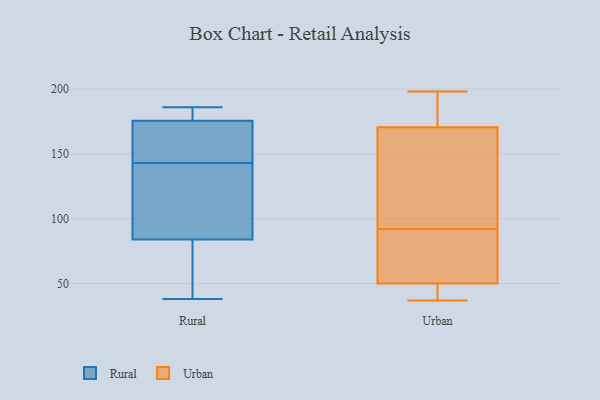
{"axis": {"x": "Operating Costs (USD K)", "y": "Value"}, "legend": ["Rural", "Urban"], "data": [{"x": "", "y": 185, "type": "Rural"}, {"x": "", "y": 153, "type": "Rural"}, {"x": "", "y": 170, "type": "Rural"}, {"x": "", "y": 75, "type": "Rural"}, {"x": "", "y": 96, "type": "Rural"}, {"x": "", "y": 144, "type": "Rural"}, {"x": "", "y": 50, "type": "Rural"}, {"x": "", "y": 102, "type": "Rural"}, {"x": "", "y": 38, "type": "Rural"}, {"x": "", "y": 186, "type": "Rural"}, {"x": "", "y": 182, "type": "Rural"}, {"x": "", "y": 93, "type": "Rural"}, {"x": "", "y": 142, "type": "Rural"}, {"x": "", "y": 149, "type": "Rural"}, {"x": "", "y": 181, "type": "Rural"}, {"x": "", "y": 52, "type": "Rural"}, {"x": "", "y": 88, "type": "Urban"}, {"x": "", "y": 37, "type": "Urban"}, {"x": "", "y": 65, "type": "Urban"}, {"x": "", "y": 182, "type": "Urban"}, {"x": "", "y": 198, "type": "Urban"}, {"x": "", "y": 115, "type": "Urban"}, {"x": "", "y": 94, "type": "Urban"}, {"x": "", "y": 178, "type": "Urban"}, {"x": "", "y": 43, "type": "Urban"}, {"x": "", "y": 195, "type": "Urban"}, {"x": "", "y": 141, "type": "Urban"}, {"x": "", "y": 163, "type": "Urban"}, {"x": "", "y": 90, "type": "Urban"}, {"x": "", "y": 45, "type": "Urban"}, {"x": "", "y": 49, "type": "Urban"}, {"x": "", "y": 51, "type": "Urban"}]}